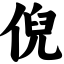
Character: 倪